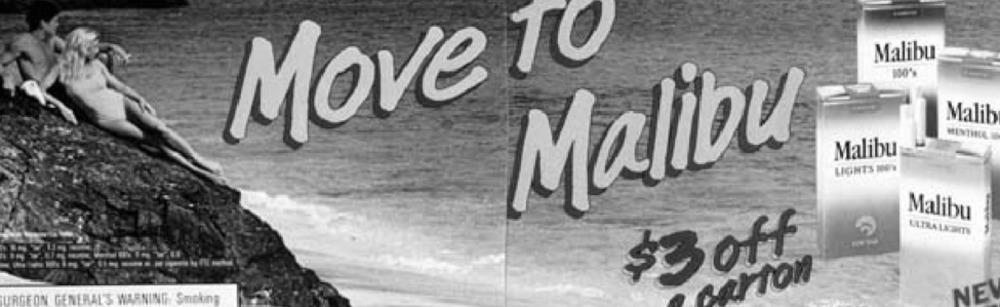
Malibu
Move TO
Malit
MENTHUR
Malibu
Malibu
LIGHTS HOW
Malibu
$ 3 off
carton
NEV
SURGEON GENERAL'S WARNING Smoking